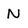
Character: N